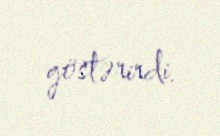
göstərirdi.